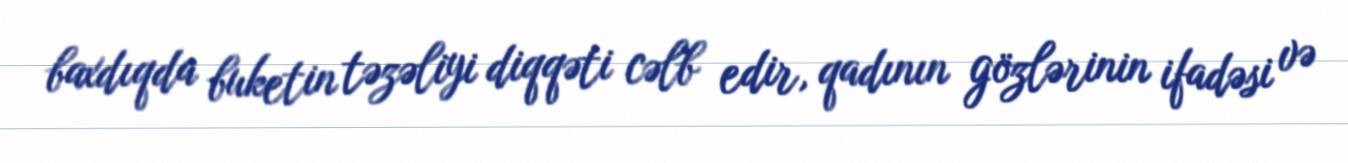
baxdıqda buketin təzəliyi diqqəti cəlb edir, qadının gözlərinin ifadəsi və